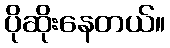
ပိုဆိုးနေတယ်။